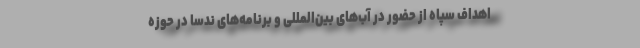
اهداف سپاه از حضور در آب‌های بین‌المللی و برنامه‌های ندسا در حوزه